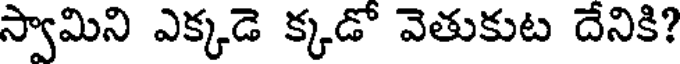
స్వామిని ఎక్కడె క్కడో వెతుకుట దేనికి?